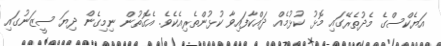
އަޔެކްސްގެ މެދުތެރޭގައި މޮޅު ކުޅުމެއް ދައްކާފައިވާ ކުޅުންތެރިއެކެވެ. އެގޮތުން ނިމިގެން ދިޔަ ސީޒަނުގައި